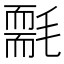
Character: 𣰄